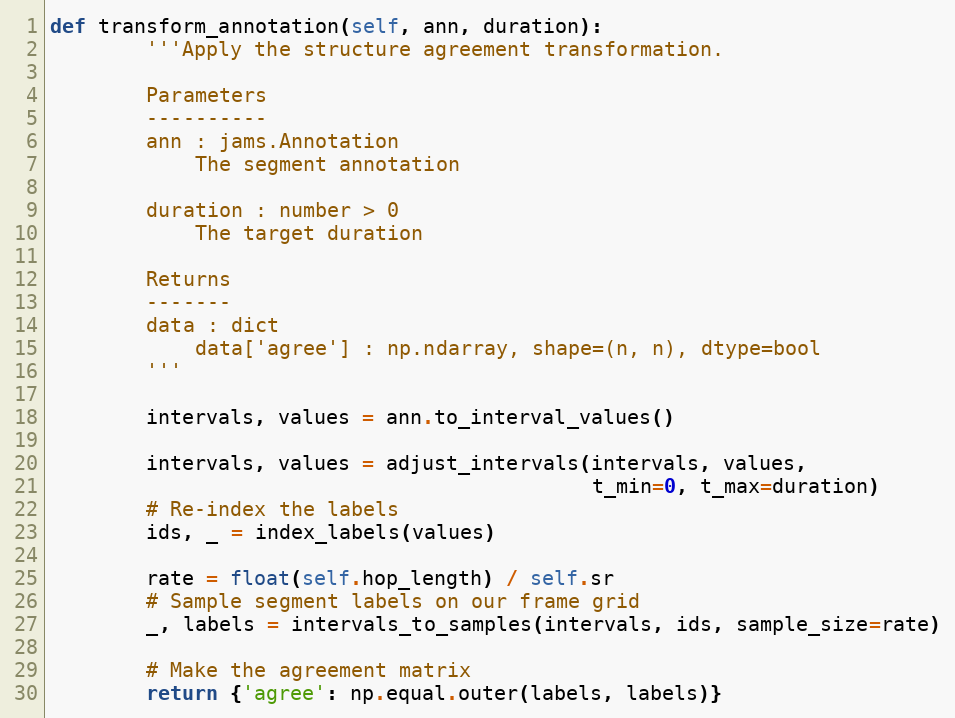
Language: Python
def transform_annotation(self, ann, duration):
        '''Apply the structure agreement transformation.

        Parameters
        ----------
        ann : jams.Annotation
            The segment annotation

        duration : number > 0
            The target duration

        Returns
        -------
        data : dict
            data['agree'] : np.ndarray, shape=(n, n), dtype=bool
        '''

        intervals, values = ann.to_interval_values()

        intervals, values = adjust_intervals(intervals, values,
                                             t_min=0, t_max=duration)
        # Re-index the labels
        ids, _ = index_labels(values)

        rate = float(self.hop_length) / self.sr
        # Sample segment labels on our frame grid
        _, labels = intervals_to_samples(intervals, ids, sample_size=rate)

        # Make the agreement matrix
        return {'agree': np.equal.outer(labels, labels)}